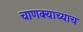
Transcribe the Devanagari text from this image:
चाणक्याच्याच